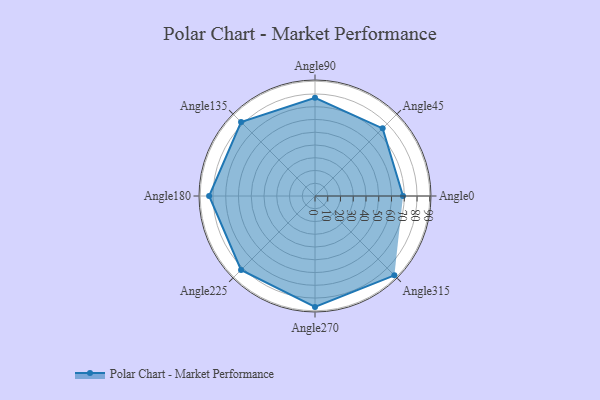
{"axis": {"x": "Angle", "y": "Radius"}, "legend": [""], "data": [{"x": "Angle0", "y": 69.0, "type": ""}, {"x": "Angle45", "y": 75.0, "type": ""}, {"x": "Angle90", "y": 77.0, "type": ""}, {"x": "Angle135", "y": 82.0, "type": ""}, {"x": "Angle180", "y": 83.0, "type": ""}, {"x": "Angle225", "y": 82.0, "type": ""}, {"x": "Angle270", "y": 87.0, "type": ""}, {"x": "Angle315", "y": 88.0, "type": ""}]}